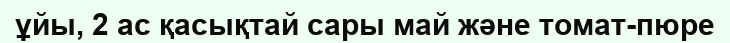
ұйы, 2 ас қасықтай сары май және томат-пюре